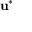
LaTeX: \mathbf { u } ^ { * }